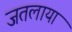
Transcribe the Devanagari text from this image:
जतलाया